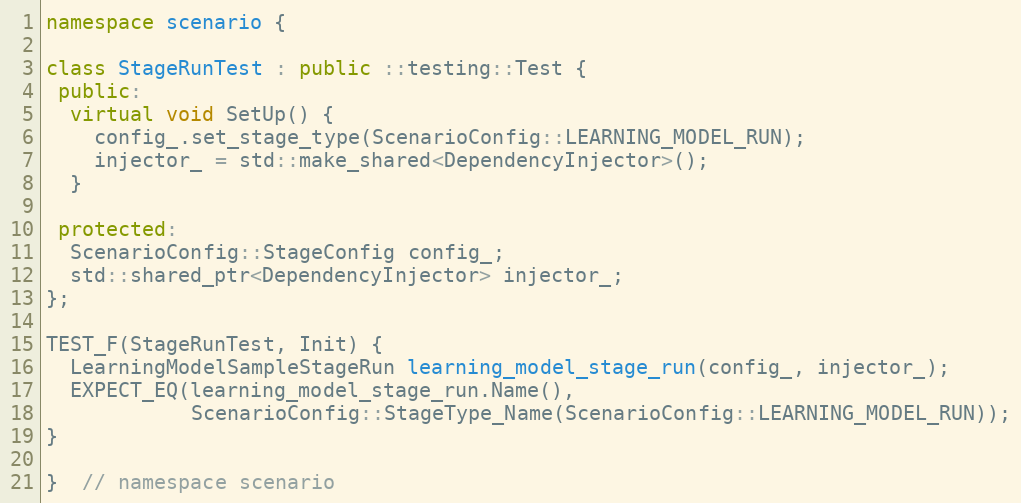
Language: C++
namespace scenario {

class StageRunTest : public ::testing::Test {
 public:
  virtual void SetUp() {
    config_.set_stage_type(ScenarioConfig::LEARNING_MODEL_RUN);
    injector_ = std::make_shared<DependencyInjector>();
  }

 protected:
  ScenarioConfig::StageConfig config_;
  std::shared_ptr<DependencyInjector> injector_;
};

TEST_F(StageRunTest, Init) {
  LearningModelSampleStageRun learning_model_stage_run(config_, injector_);
  EXPECT_EQ(learning_model_stage_run.Name(),
            ScenarioConfig::StageType_Name(ScenarioConfig::LEARNING_MODEL_RUN));
}

}  // namespace scenario